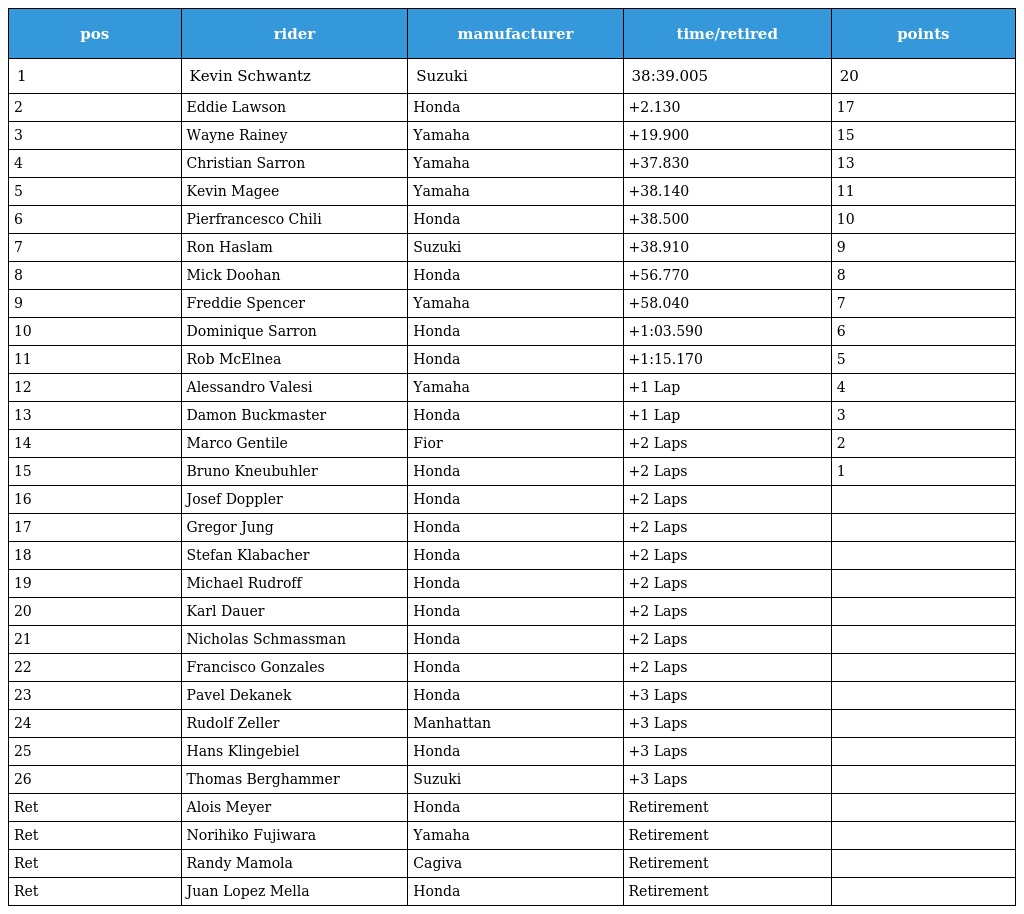
| pos | rider | manufacturer | time/retired | points |
 | --- | --- | --- | --- | --- |
 | 1 | Kevin Schwantz | Suzuki | 38:39.005 | 20 |
 | 2 | Eddie Lawson | Honda | +2.130 | 17 |
 | 3 | Wayne Rainey | Yamaha | +19.900 | 15 |
 | 4 | Christian Sarron | Yamaha | +37.830 | 13 |
 | 5 | Kevin Magee | Yamaha | +38.140 | 11 |
 | 6 | Pierfrancesco Chili | Honda | +38.500 | 10 |
 | 7 | Ron Haslam | Suzuki | +38.910 | 9 |
 | 8 | Mick Doohan | Honda | +56.770 | 8 |
 | 9 | Freddie Spencer | Yamaha | +58.040 | 7 |
 | 10 | Dominique Sarron | Honda | +1:03.590 | 6 |
 | 11 | Rob McElnea | Honda | +1:15.170 | 5 |
 | 12 | Alessandro Valesi | Yamaha | +1 Lap | 4 |
 | 13 | Damon Buckmaster | Honda | +1 Lap | 3 |
 | 14 | Marco Gentile | Fior | +2 Laps | 2 |
 | 15 | Bruno Kneubuhler | Honda | +2 Laps | 1 |
 | 16 | Josef Doppler | Honda | +2 Laps |  |
 | 17 | Gregor Jung | Honda | +2 Laps |  |
 | 18 | Stefan Klabacher | Honda | +2 Laps |  |
 | 19 | Michael Rudroff | Honda | +2 Laps |  |
 | 20 | Karl Dauer | Honda | +2 Laps |  |
 | 21 | Nicholas Schmassman | Honda | +2 Laps |  |
 | 22 | Francisco Gonzales | Honda | +2 Laps |  |
 | 23 | Pavel Dekanek | Honda | +3 Laps |  |
 | 24 | Rudolf Zeller | Manhattan | +3 Laps |  |
 | 25 | Hans Klingebiel | Honda | +3 Laps |  |
 | 26 | Thomas Berghammer | Suzuki | +3 Laps |  |
 | Ret | Alois Meyer | Honda | Retirement |  |
 | Ret | Norihiko Fujiwara | Yamaha | Retirement |  |
 | Ret | Randy Mamola | Cagiva | Retirement |  |
 | Ret | Juan Lopez Mella | Honda | Retirement |  |